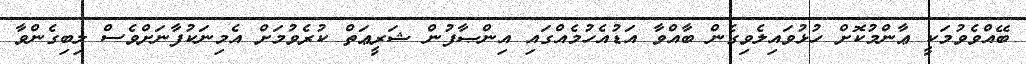
ބޭއްވެވުމަކީ ޢާންމުކޮށް ހުޅުވައިލެވިގެން ބާއްވާ އަޑުއެހުމެއްގައި އިންޞާފުން ޝަރީޢަތް ކުރެވުމަށް އެމިނަކުފާނަށްވެސް ލިބިގެންވާ